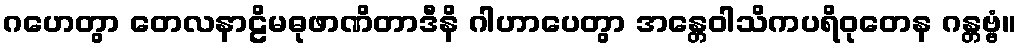
ဂဟေတွာ တေလနာဠိမဓုဖာဏိတာဒီနိ ဂါဟာပေတွာ အန္တေဝါသိကပရိဝုတေန ဂန္တဗ္ဗံ။